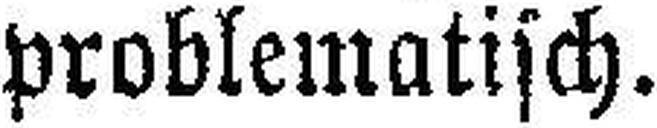
problematisch.